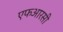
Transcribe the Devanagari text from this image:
एफआरसी